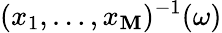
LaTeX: (x_{1},\ldots,x_{\mathbf{M}})^{-1}(\omega)